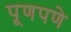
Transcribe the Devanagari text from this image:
पूणपणे